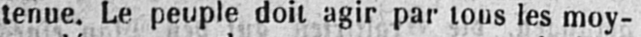
tenue. Le peuple doit agir par tous les moy-